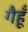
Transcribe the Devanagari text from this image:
गैहूँ